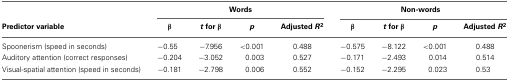
|  | <COLSPAN=4> Words | <COLSPAN=4> Non-words |
 | Predictor variable | β | t for β | p | Adjusted R2 | β | t for β | p | Adjusted R2 |
 | --- | --- | --- | --- | --- | --- | --- | --- | --- |
 | Spoonerism (speed in seconds) | −0.55 | −7.956 | <0.001 | 0.488 | −0.575 | −8.122 | <0.001 | 0.488 |
 | Auditory attention (correct responses) | −0.204 | −3.052 | 0.003 | 0.527 | −0.171 | −2.493 | 0.014 | 0.514 |
 | Visual-spatial attention (speed in seconds) | −0.181 | −2.798 | 0.006 | 0.552 | −0.152 | −2.295 | 0.023 | 0.53 |